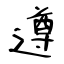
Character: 遵